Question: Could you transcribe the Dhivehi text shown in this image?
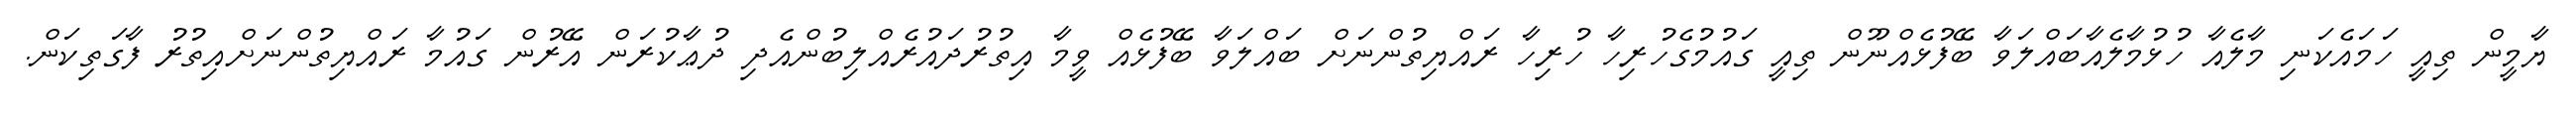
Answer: ޔާމީން ތިއީ ހަމައެކަނި މާލެއާ ހުޅުމާލެއާބައްލަވާ ބޭފުޅެއްނޫން ތިއީ ގައުމުގެހުރިހާ ހުރިހާ ރައްޔިތުންނަށް ބައްލަވާ ބޭފުޅެއް ވީމާ އިތުރުދައުރެއްލިބުންއެދި ދުޢާކުރަން އޭރުން ގައުމާ ރައްޔިތުންނަށްއިތުރު ފާގަތިކަން.